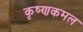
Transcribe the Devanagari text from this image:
कृष्णकमल